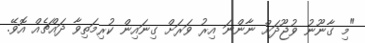
"މި ގާނޫނު ވުޖޫދަށް ނާންނަ އިރު ވަރަށް ގިނައިން ކުރިމަތިވާ ދައްޗެއް އޮވޭ.